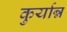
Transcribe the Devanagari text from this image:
कुर्यान्न